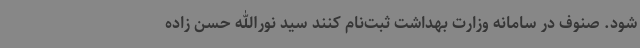
شود. صنوف در سامانه وزارت بهداشت ثبت‌نام کنند سید نورالله حسن زاده